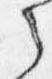
之